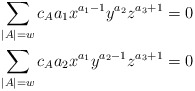
\begin{align*} & \sum_{|A|=w} c_A a_{1} x^{a_1 -1} y^{a_2} z^{a_3+1} = 0 \\ &\sum_{|A|=w} c_A a_{2} x^{a_1 } y^{a_2 -1} z^{a_3+1} = 0 \end{align*}